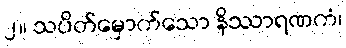
၂။ သပိတ်မှောက်သော နိဿာရဏကံ၊